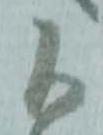
候